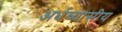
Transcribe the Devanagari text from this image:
अर्धव्यासीय